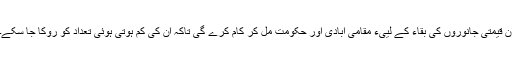
ان قیمتی جانوروں کی بقاء کے لییء مقامی آبادی اور حکومت مل کر کام کرے گی تاکہ ان کی کم ہوتی ہوئی تعداد کو روکا جا سکے۔